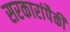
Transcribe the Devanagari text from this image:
सरकारांपैकी